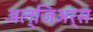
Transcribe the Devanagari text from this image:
अल्जिअर्स